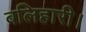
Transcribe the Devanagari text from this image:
बलिहारी।